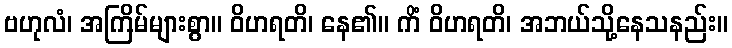
ဗဟုလံ၊ အကြိမ်များစွာ။ ဝိဟရတိ၊ နေ၏။ ကိံ ဝိဟရတိ၊ အဘယ်သို့နေသနည်း။